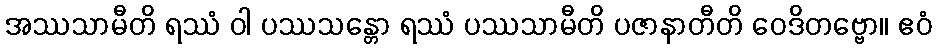
အဿသာမီတိ ရဿံ ဝါ ပဿသန္တော ရဿံ ပဿသာမီတိ ပဇာနာတီတိ ဝေဒိတဗ္ဗော။ ဧဝံ